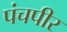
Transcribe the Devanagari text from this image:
पंचपीर